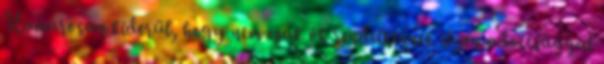
Hamarosan kiderül, hogy nem csak ők rendelkeznek ilyen adottsággal